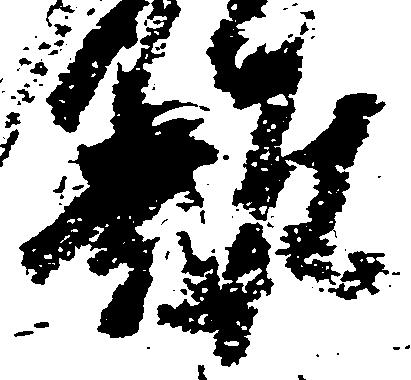
難